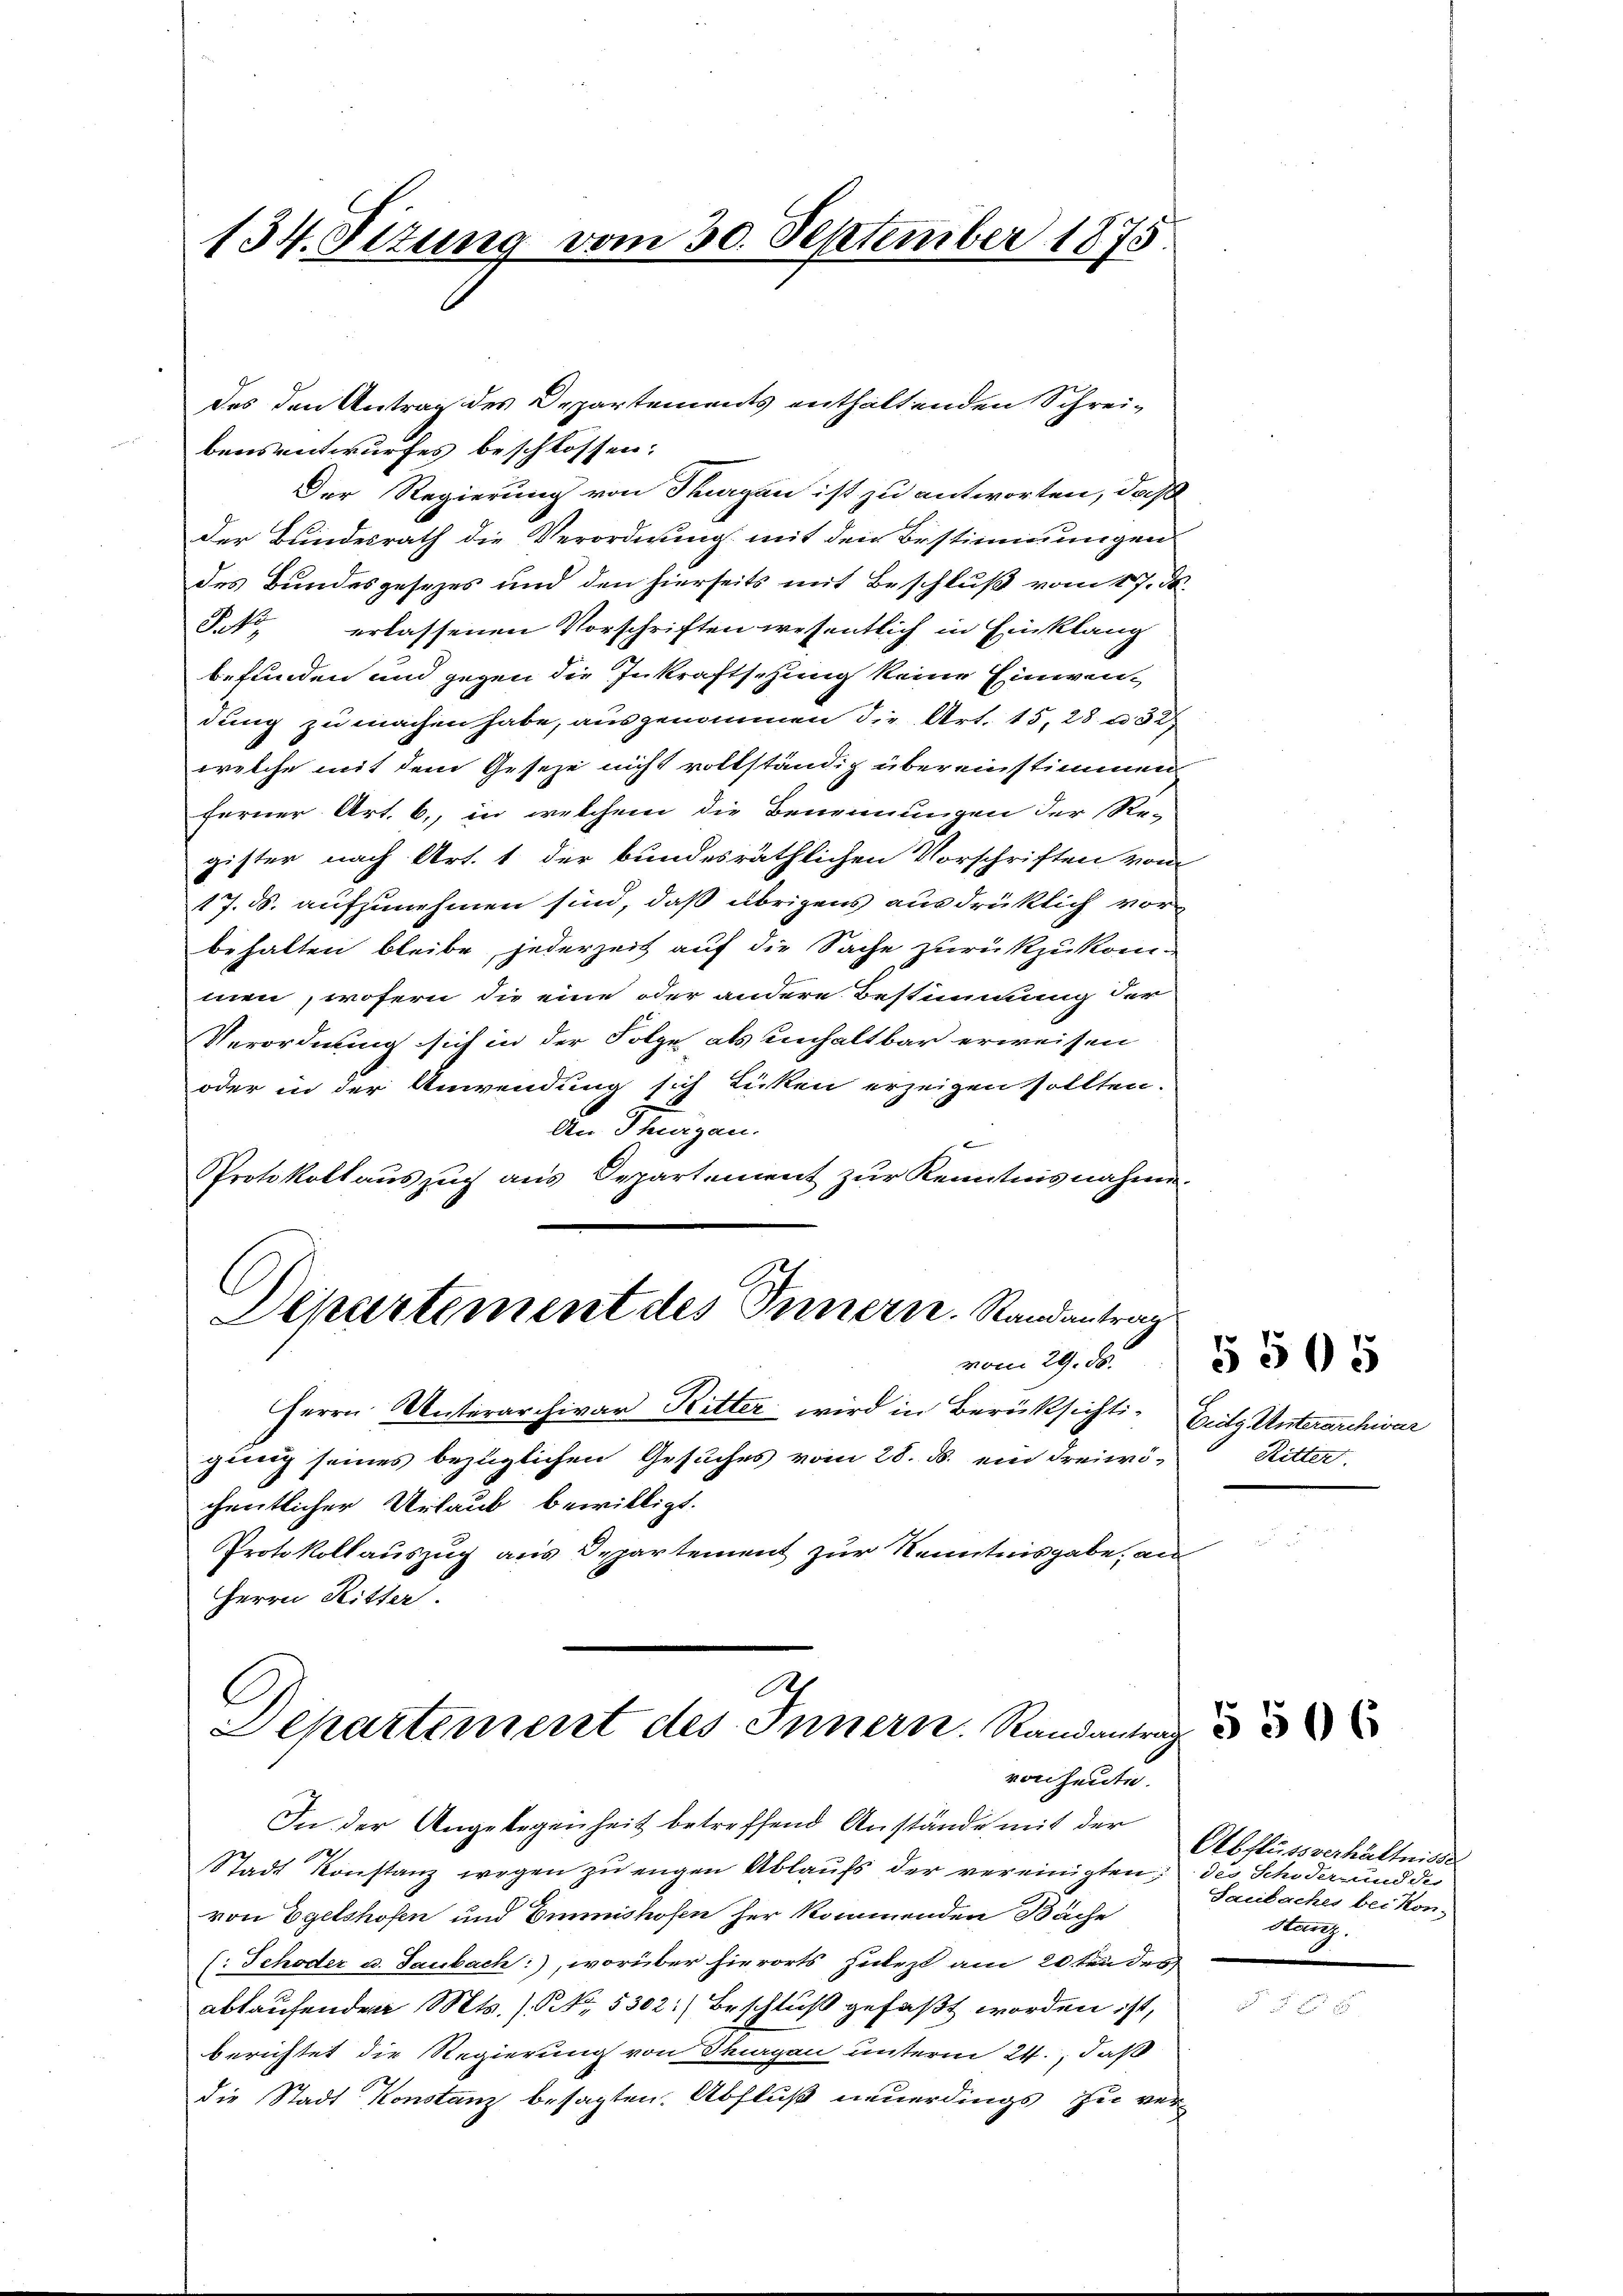
134. Sizung vom 30. September 1875.

des den Antrag des Departements enthaltenden Schreibensentwurfes beschlossen:
Der Regierung von Thurgau ist zu antworten, daß
Der Bundesrath die Verordnung mit den Bestimmungen
des Bundesgesezes und den hierseits mit Beschluß vom 17. d.
Pato erlassenen Vorschriften wesentlich in Einklang
befunden und gegen die Inkraftschung keine Einwendung zu machen habe, ausgenommen die Art. 15, 28 u. 32
welche mit dem Geseze nicht vollständig übereinstimmen
ferner Art. 6., in welchem die Benennungen der Re-
gister nach Art. 1 der bundesräthlichen Vorschriften von
17. ds. aufzunehmen sind, daß übrigens ausdrüklich vor
behalten bleibe, jederzeit auf die Sache zurückzukommen, wofern die eine oder andere Bestimmung der
Verordnung sich in der Folge als unhaltbar erweisen
oder in der Anwendung sich tücken erzeigen sollten.
an Thurgau.

Protokollauszug aus Departement zur Kenntnisnahme.
C
Departement des Innern. Randantrag
vom 29. ds.
Herrn Unterarchivar Ritter wird in Berüksichtigung seines bezüglichen Gesuches vom 28. ds. ein dreiwöchentlicher Urlaub bewilligt.
Protokollauszug aus Departement zur Kenntnisgabe, an
Herrn Ritter.

Ach
G
epartement des Innern. Randantrag
von heute.

In der Angelegenheit betreffend Anstände mit der
Stadt Konstanz wegen zu engen Ablaufs der vereinigten; des Schöder und di
von Egelshofen und Emmnishofen her kommenden Bäche
(: Schöder u. Saubach), worüber hierorts Zulezt am 20ten des
ablaufenden Mts. 1. No. 5302) Beschluß gefaßt worden ist,
berichtet die Regierung von Thurgau unterm 24., daß
die Stadt Konstanz besagten. Abfluß neuerdings zu ver¬

Zeitg Unterarchivar
Ritter.

5505

5506

Abflussverhältnisse
Saubaches bei Kon-
stanz.